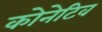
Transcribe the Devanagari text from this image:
कोनेटिव